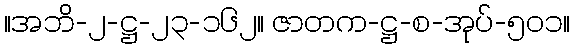
။အဘိ-၂-ဋ္ဌ-၂၃-၁၆၂။ ဇာတက-ဋ္ဌ-စ-အုပ်-၅၀၁။